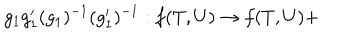
g _ { 1 } g _ { 1 } ^ { \prime } ( g _ { 1 } ) ^ { - 1 } ( g _ { 1 } ^ { \prime } ) ^ { - 1 } : f ( T , U ) \rightarrow f ( T , U ) +